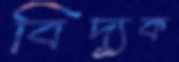
বিদ্যুক